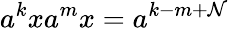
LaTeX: a^{k}xa^{m}x=a^{k-m+\mathcal{N}}